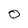
Character: 0